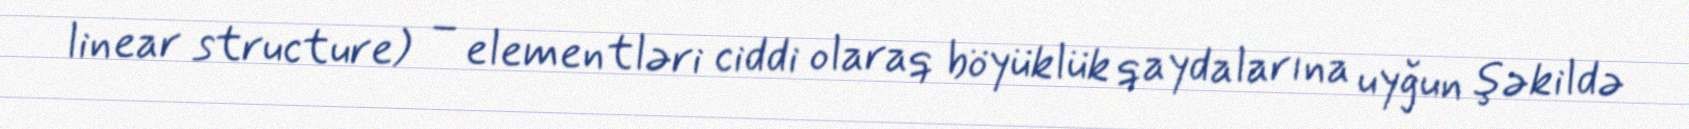
linear structure) – elementləri ciddi olaraq böyüklük qaydalarına uyğun şəkildə